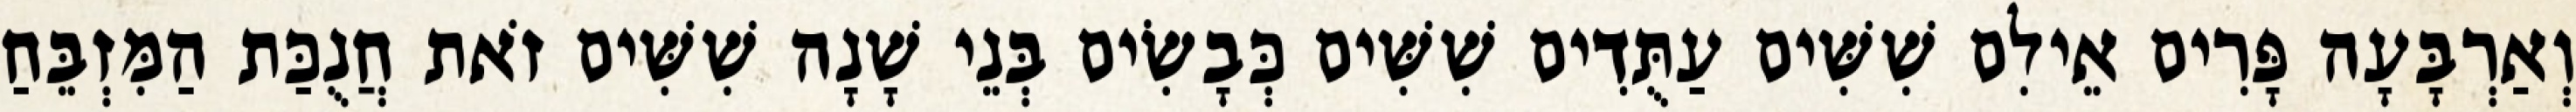
וְאַרְבָּעָה פָּרִים אֵילִם שִׁשִּׁים עַתֻּדִים שִׁשִּׁים כְּבָשִׂים בְּנֵי שָׁנָה שִׁשִּׁים זֹאת חֲנֻכַּת הַמִּזְבֵּחַ